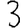
Digit: 3